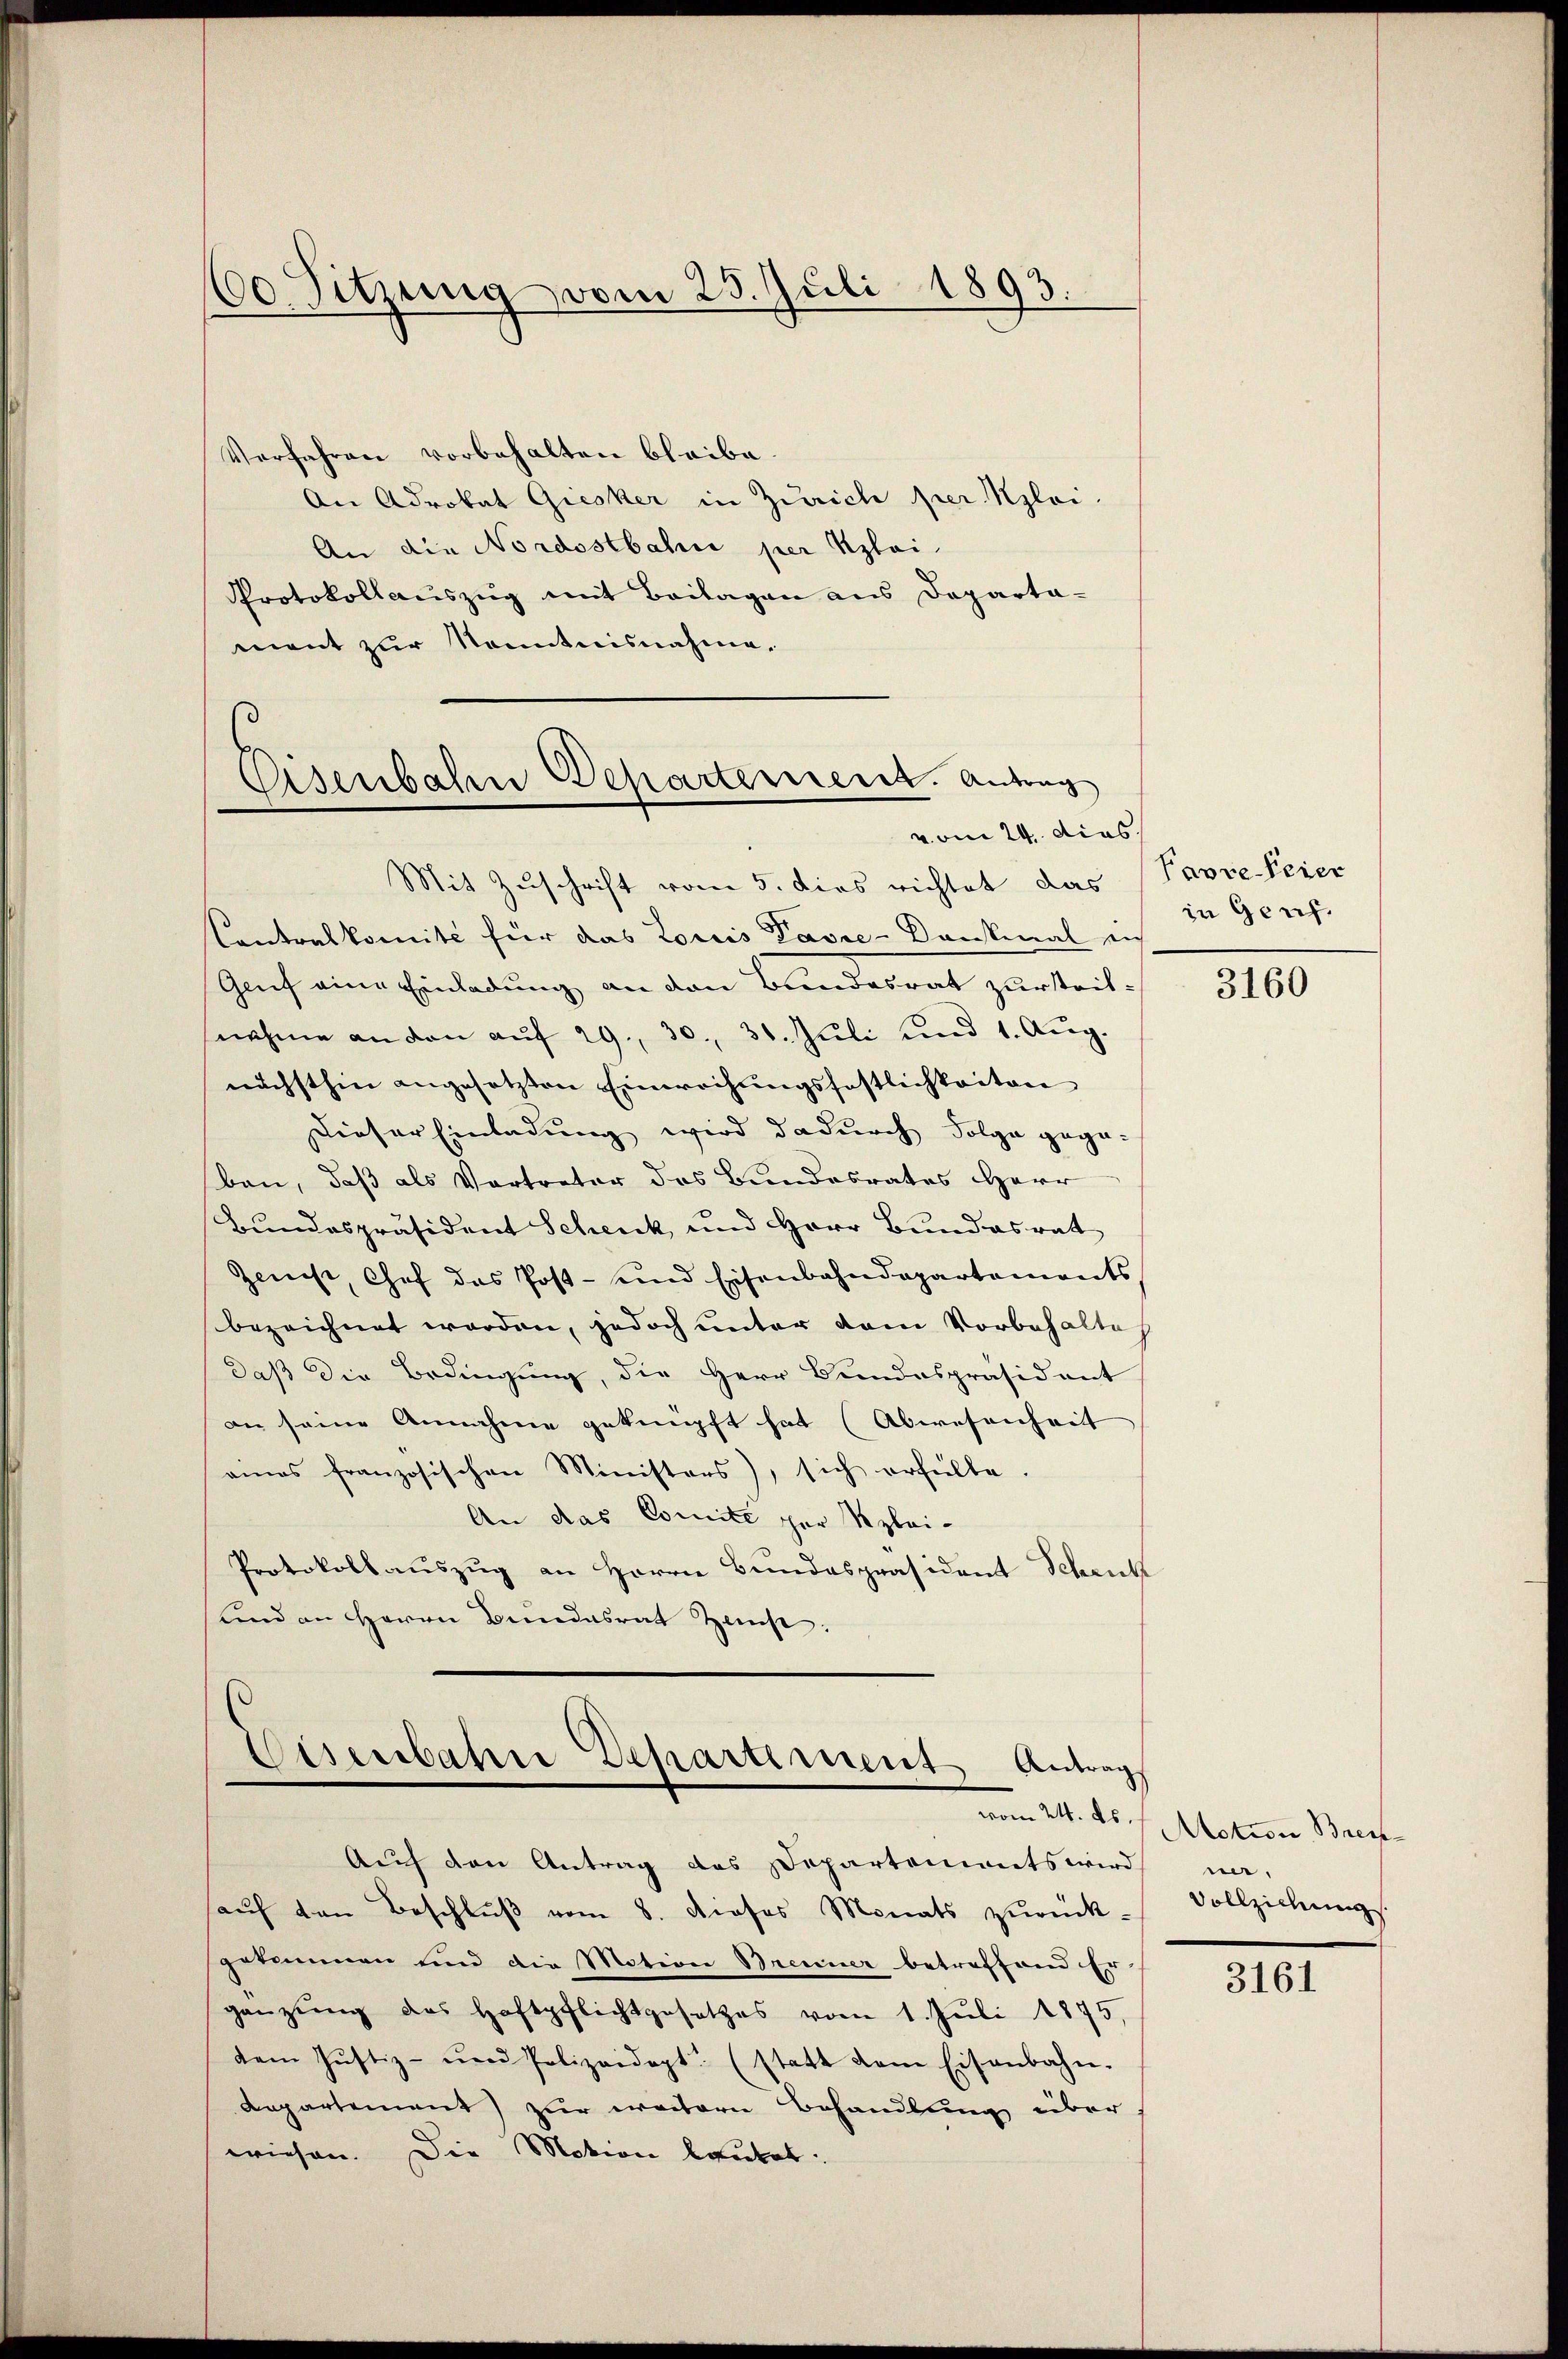
600. Sitzung vom 25. Juli 1893.

Verfahren vorbehalten bleibe.
An Advokat Giesker in Zürich per Myloi.
An die Nordostbahn per Klei¬
Protokollauszug mit Beilagen aus Departament zur Kenntnisnahme.

Eisenbahn Departement. Antrag
vom 24. dies

Mit Zuschrift vom 5. dies richtet das (Pavre Feier
Contralkomité für das Loriis Pässe - Dankmal ein
Genf eine Einladung an den Bundesrat zur Zeitsnahme an den aŭf 29, 30. 31. Jŭli und 1. Aŭg.
nächsthin angesetzten Einwachungsfestlichkeiten
Dieser Einladung wird dadurch Folge gege-
ben, daß als Vertreter des Bundesrates Herr
Bundespräsident Schenk und Herr Bundesrat
Zeenst, Chef das Post- und Eisenbahndepartements
bezeichnet worden, jedoch unter dem Vorbehalte
daß die Bedingung, die Herr Bundespräsident
an seine Annahme geknüpft hat (Abwesenheit
eies französischen Ministers), sich erfülle.
An das Comite zur Szlei-
Protokollauszug an Herrn Bundespräsident Schenk
und an Herrn Bundesrat Zemp:

Eisenbahre Departement Antrag
vom 24. ds.

Auf den Antrag des Departements wird
aŭf den Beschlŭβ vom 8. dieses Monats zŭrück-
gekommen und die Motion Brenner betreffend Er
gänzŭng des Haftpflichtgesetzes vom 1. Juli 1875
dem Justiz- und Polizeidept. (statt dem Eisenbahn-
Repartement) zur weitern Behandlung über
wiesen. Die Motion lautet:

in Genf.

3160

Motion, Brech
ne,
Vollziehung

3161